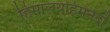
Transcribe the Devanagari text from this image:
हिमालयहिमनदों